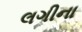
લગીના